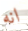
انه